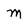
Character: m